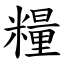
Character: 糧